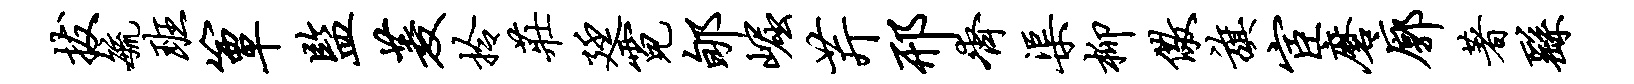
拔毓班簟监菱拎庄廷霓郇崛芹邢齐渠柳儆旗宦磨廓著繇